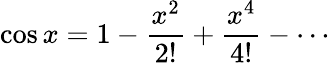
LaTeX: \cos x=1-{\frac{x^{2}}{2!}}+{\frac{x^{4}}{4!}}-\cdots